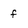
Character: f